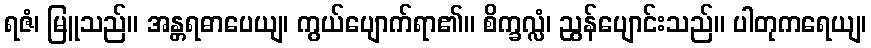
ရဇံ၊ မြူသည်။ အန္တရဓာပေယျ၊ ကွယ်ပျောက်ရာ၏။ စိက္ခလ္လံ၊ ညွန်ပျောင်းသည်။ ပါတုကရေယျ၊